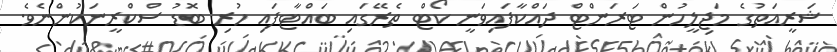
ޝަރީއަތުގެ މަޖިލީހުން ޓަރަންޓް ދައްކާފައިވަނީ ކޯޓް ތެރޭގައި ބައްޓާފައި ހުރި ބޮޑު ސްކްރީނަކުންނެވެ.